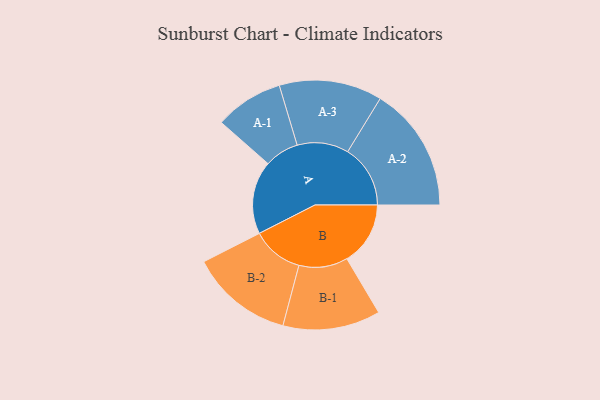
{"axis": {"x": "Segment", "y": "Value"}, "legend": ["", "A", "B"], "data": [{"x": "A", "y": 348, "type": ""}, {"x": "B", "y": 302, "type": ""}, {"x": "A-1", "y": 163, "type": "A"}, {"x": "A-2", "y": 298, "type": "A"}, {"x": "A-3", "y": 245, "type": "A"}, {"x": "B-1", "y": 232, "type": "B"}, {"x": "B-2", "y": 245, "type": "B"}]}